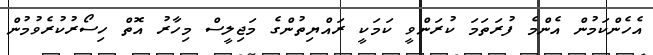
އެހެންކަމުން އެންމެ ފުރަތަމަ ކުރަންވީ ކަމަކީ ރައްޔިތުންގެ މަޖިލީސް މިހާރު އޮތް ހިސޯރުކުރެވުމުން